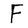
Character: F